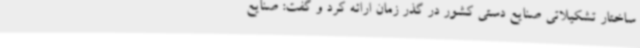
ساختار تشکیلاتی صنایع دستی کشور در گذر زمان ارائه کرد و گفت: صنایع